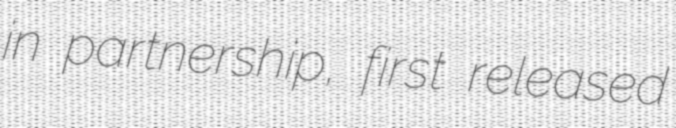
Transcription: in partnership, first released